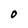
Character: O